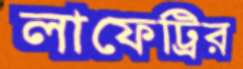
লাফেট্রির